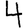
Digit: 4